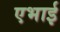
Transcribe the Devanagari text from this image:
एभाई